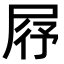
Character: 𡱣